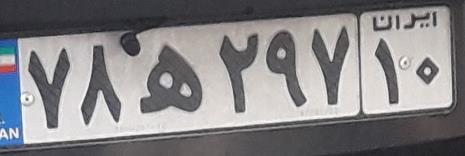
۷۸ه۲۹۷۱۰